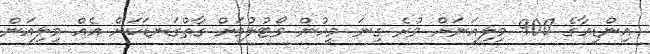
އިންޑިއާގެ 900 މިލިއަނަށް ވުރެ ގިނަ މީހުން ވޯޓުލުމަށް ގާތްގަނޑަކަށް އެއް މިލިއަން